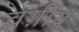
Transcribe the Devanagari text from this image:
वर्ग़ीय